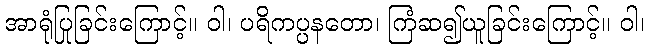
အာရုံပြုခြင်းကြောင့်။ ဝါ၊ ပရိကပ္ပနတော၊ ကြံဆ၍ယူခြင်းကြောင့်။ ဝါ၊